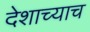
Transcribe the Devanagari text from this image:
देशाच्याच